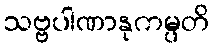
သဗ္ဗပါဏာနုကမ္ပတိ